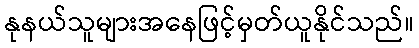
နုနယ်သူများအနေဖြင့်မှတ်ယူနိုင်သည်။